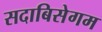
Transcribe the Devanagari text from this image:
सदाबिसेगम